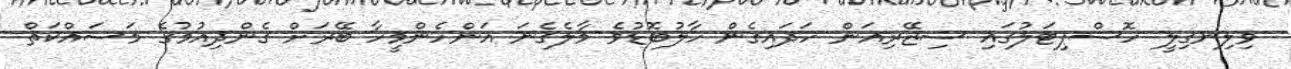
ވިލިނގިލީ ހޮސްޕިޓަލުގައި ސިޒޭރިއަން ހަދައިގެން ހާލުބޮޑުވެ މާލެގެނަ އަންހެންމީހާ ބޭރަށް ގެންދިއުމުގެ މަސައްކަތް